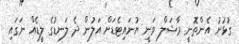
ގުޅުނު އެންތޮނީ މާޝަލް ވަނީ ޔުނައިޓެޑަށް އަލުން ދެ ލަނޑުގެ ލީޑެއް ނަގައި